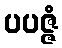
ပပဇ္ဇံ